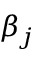
\beta _ { j }